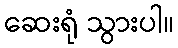
ဆေးရုံ သွားပါ။